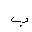
Letter: _ba